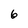
Character: 6